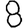
Digit: 8